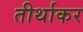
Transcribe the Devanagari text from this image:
तीर्थाकर